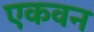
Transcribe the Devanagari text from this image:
एकवन